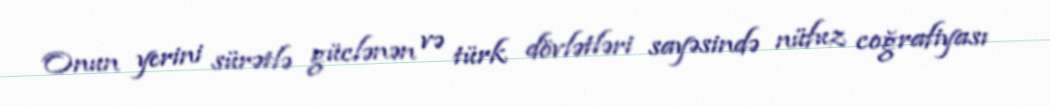
Onun yerini sürətlə güclənən və türk dövlətləri sayəsində nüfuz coğrafiyası